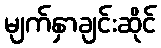
မျက်နှာချင်းဆိုင်